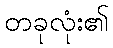
တခုလုံး၏